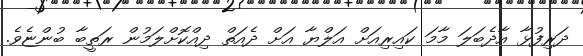
ދަރިފުޅާ އާދެބަލަ މާމަ ކައިރިއަށް އަލްޔާ އަށް ދެއަތް ދިއްކޮށްލަމުން ރަތީބާ ބުންޏެވެ.